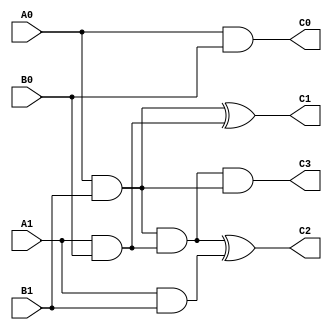
module binary_divider(input A1,A0,B1,B0, output C0,C1,C2,C3);
  wire w1,w2,w3,w4;
  
  and A_1(w1,A0,B1);
  and A_2(C0,A0,B0);
  and A_3(w2,A1,B0);
  and A_4(w3,A1,B1);
  and A_5(w4,w1,w2);
  and A_6(C3,w4,w1);
  xor X1(C1,w1,w2);
  xor X2(C2,w4,w3);
  
  endmodule